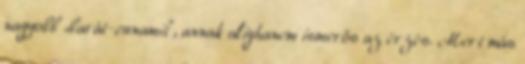
nagyobb „barát-cunamit”, annak alighanem ismerős az érzés. Mert más